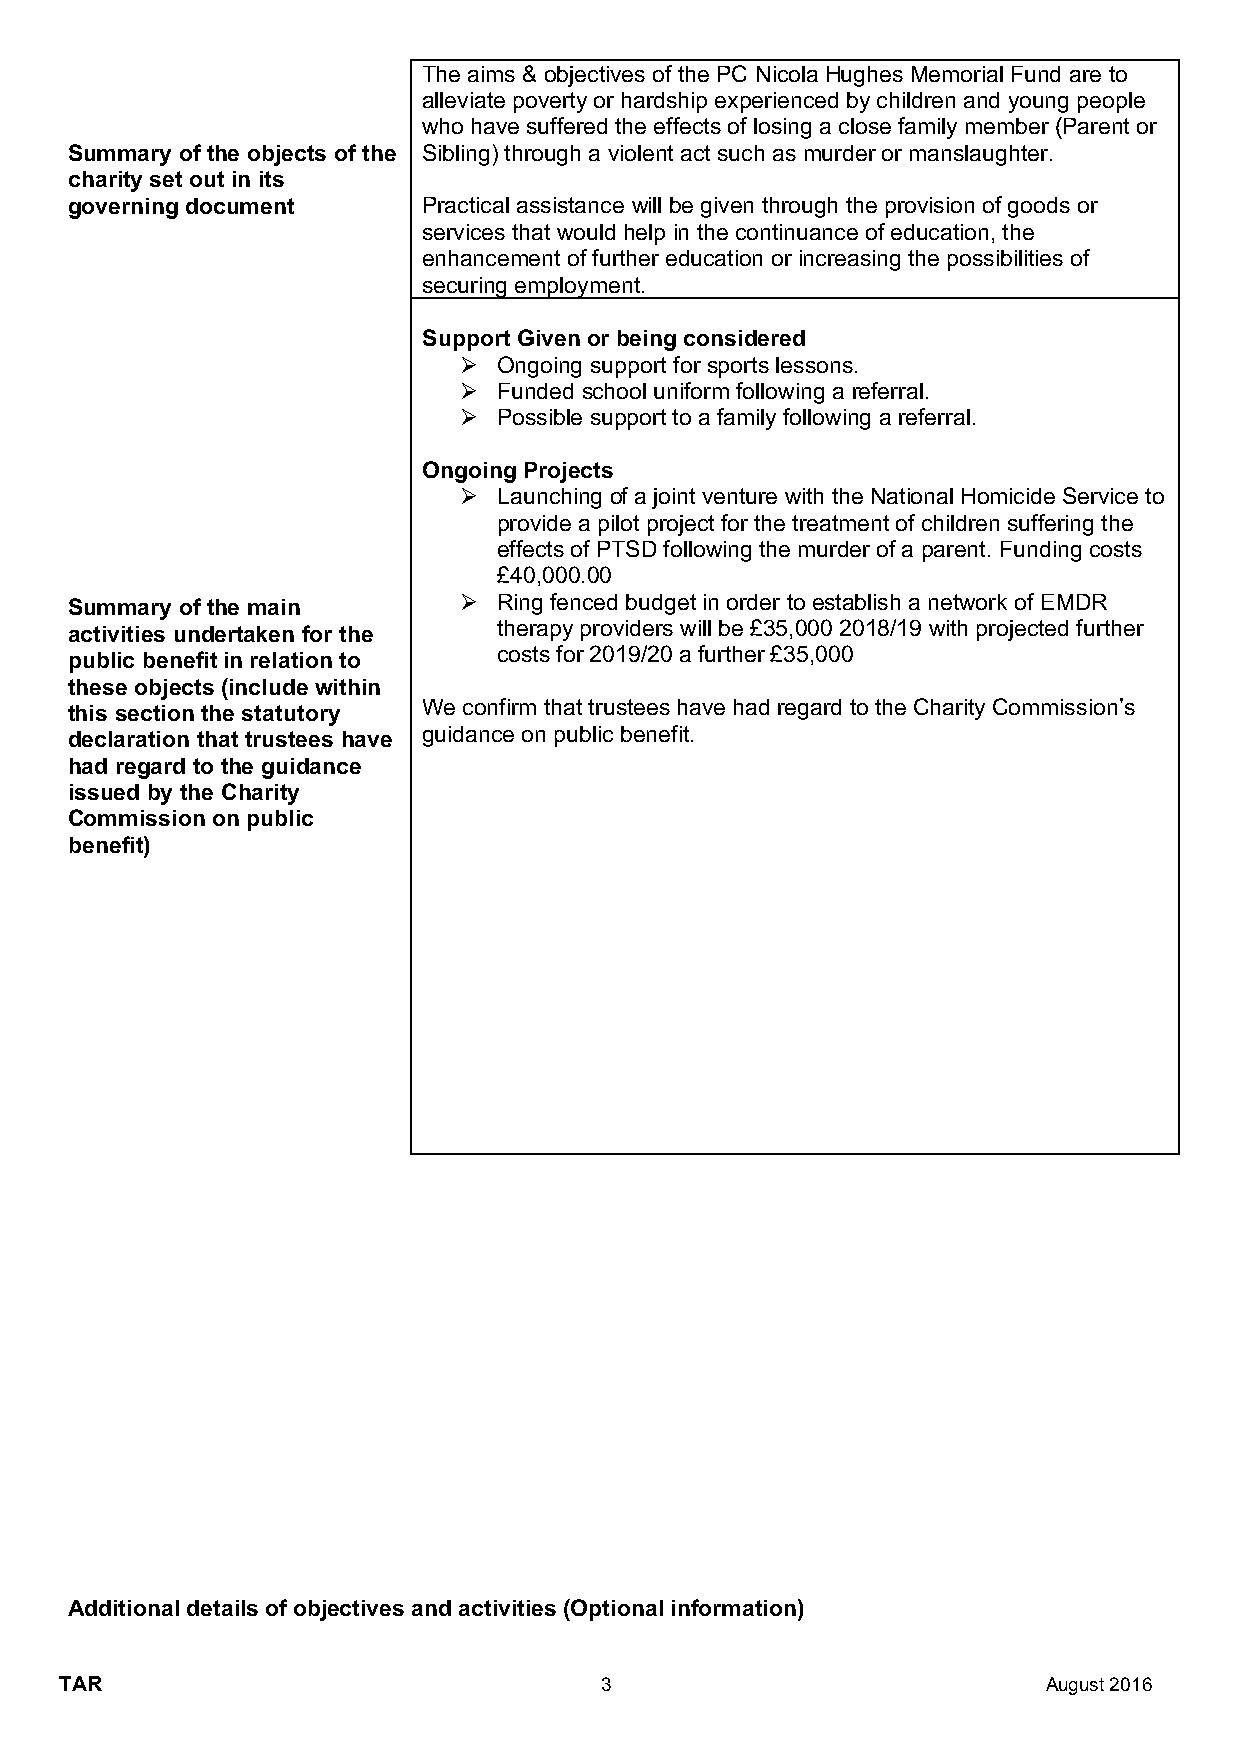
The aims & objectives of the PC Nicola Hughes Memorial Fund are to
 alleviate poverty or hardship experienced by children and young people
 who have suffered the effects of losing a close family member (Parent or
 Summary of the objects of the Sibling) through a violent act such as murder or manslaughter.
 charity set out in its
 governing document      Practical assistance will be given through the provision of goods or
 services that would help in the continuance of education, the
 enhancement of further education or increasing the possibilities of
 securing employment.
 Support Given or being considered
 Ø  Ongoing support for sports lessons.
 Ø  Funded school uniform following a referral.
 Ø  Possible support to a family following a referral.
 Ongoing Projects
 Ø  Launching of a joint venture with the National Homicide Service to
 provide a pilot project for the treatment of children suffering the
 effects of PTSD following the murder of a parent. Funding costs
 £40,000.00
 Summary of the main       Ø  Ring fenced budget in order to establish a network of EMDR
 activities undertaken for the therapy providers will be £35,000 2018/19 with projected further
 public benefit in relation to costs for 2019/20 a further £35,000
 these objects (include within
 this section the statutory We confirm that trustees have had regard to the Charity Commission’s
 declaration that trustees have guidance on public benefit.
 had regard to the guidance
 issued by the Charity
 Commission on public
 benefit)
 Additional details of objectives and activities (Optional information)
 TAR                                 3                            August 2016